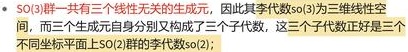
- $\text{SO}(3)$群一共有三个线性无关的生成元，因此其李代数$\mathfrak{so}(3)$为三维线性空间，而三个生成元自身分别构成了三个子代数，这三个子代数正好是三个不同坐标轴平面$\text{SO}(2)$群的李代数$\mathfrak{so}(2)$；